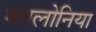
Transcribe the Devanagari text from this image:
कालोनिया